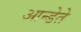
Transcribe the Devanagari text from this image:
आन्डेते